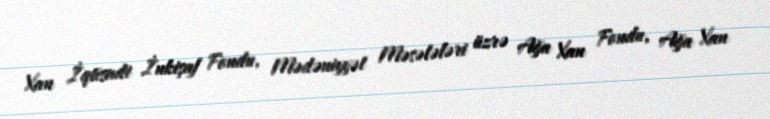
Xan İqtisadi İnkişaf Fondu, Mədəniyyət Məsələləri üzrə Ağa Xan Fondu, Ağa Xan